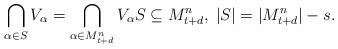
LaTeX: \begin{align*} \bigcap_{\alpha \in S} V_{\alpha} = \bigcap_{\alpha\in M^{n}_{t+d}} V_{\alpha}S\subseteq M_{t+d}^n,\; |S|=|M_{t+d}^n|-s. \end{align*}